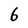
Character: 6